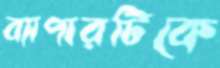
ব্যাপারটিকে